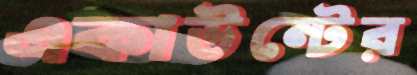
একাউন্টের